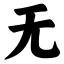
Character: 无